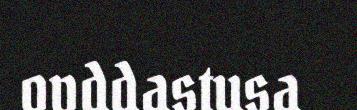
ovddastusa